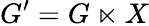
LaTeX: G^{\prime}=G\ltimes X